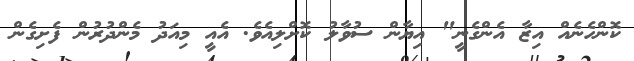
ކޮންހެނެއް އިޒާ އެންގެނީ" އިޔާން ސުވާލު ކޮށްލިއެވެ. އެއީ މިއަދު މެންދުރުން ފެށިގެން